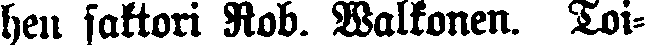
heil faktori Rob. Walkonen. Toi-